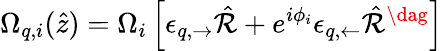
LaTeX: \Omega_{q,i}(\hat{z})=\Omega_{i}\left[\epsilon_{q,\rightarrow}\hat{\mathcal{R}}+e^{i\phi_{i}}\epsilon_{q,\leftarrow}\hat{\mathcal{R}}^{\dag}\right]